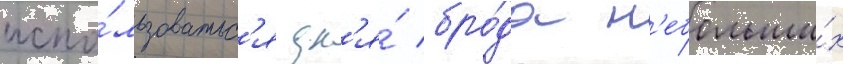
испо́льзоватьс'я дл'я́ бро́да н'ебольши́х